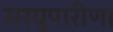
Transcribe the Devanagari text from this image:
सरयूपारीण।